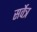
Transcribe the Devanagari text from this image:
सर्वेत्र